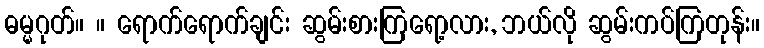
ဓမ္မဂုတ်။ ။ ရောက်ရောက်ချင်း ဆွမ်းစားကြရော့လား, ဘယ်လို ဆွမ်းကပ်ကြတုန်း။